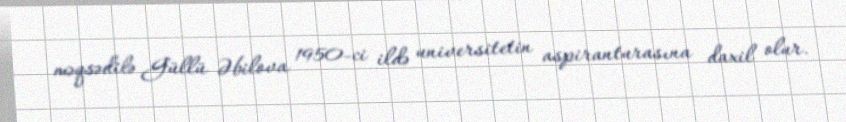
məqsədilə Güllü Əbilova 1950-ci ildə universitetin aspiranturasına daxil olur.